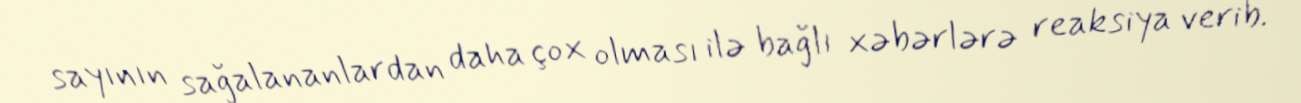
sayının sağalananlardan daha çox olması ilə bağlı xəbərlərə reaksiya verib.